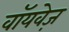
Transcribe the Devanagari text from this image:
वॉयवेज़